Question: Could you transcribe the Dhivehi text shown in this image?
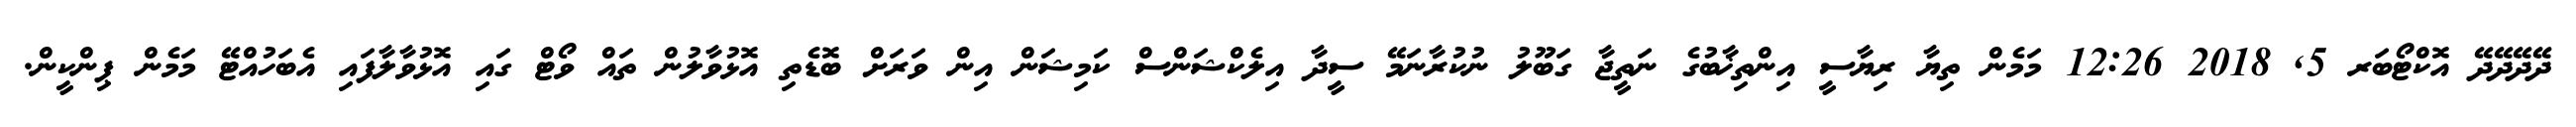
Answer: ދޭދޭދޭދޭ އޮކްޓޯބަރ 5, 2018 12:26 މަމެން ތިޔާ ރިޔާސީ އިންތިޚާބުގެ ނަތީޖާ ގަބޫލު ނުކުރާނަމޭ ސީދާ އިލެކްޝަންސް ކަމިޝަން އިން ވަރަށް ބޮޑެތި އޮޅުވާލުން ތައް ވޯޓް ގައި އޮޅުވާލާފައި އެބަހުއްޓޭ މަމެން ޕިންކީން.